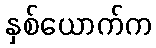
နှစ်ယောက်က